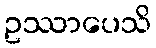
ဥဿာပေသိ